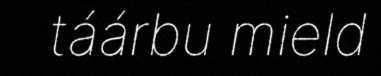
táárbu mield